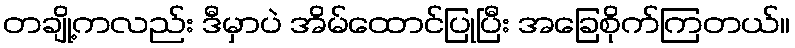
တချို့ကလည်း ဒီမှာပဲ အိမ်ထောင်ပြုပြီး အခြေစိုက်ကြတယ်။